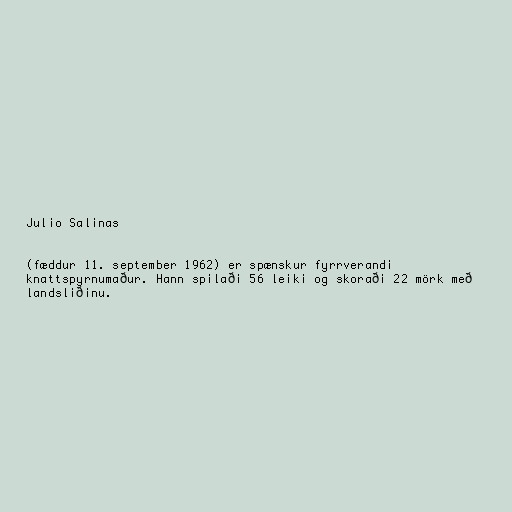
Julio Salinas

(fæddur 11. september 1962) er spænskur fyrrverandi
knattspyrnumaður. Hann spilaði 56 leiki og skoraði 22 mörk með
landsliðinu.